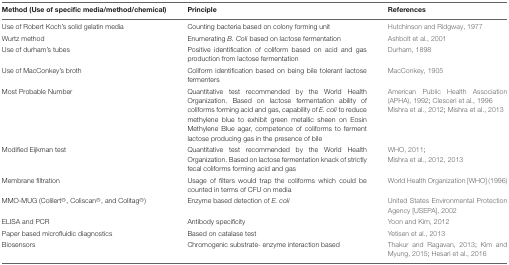
<table><thead><tr><td><b>Method (Use of specific media/method/chemical)</b></td><td><b>Principle</b></td><td><b>References</b></td></tr></thead><tbody><tr><td>Use of Robert Koch’s solid gelatin media</td><td>Counting bacteria based on colony forming unit</td><td>Hutchinson and Ridgway, 1977</td></tr><tr><td>Wurtz method</td><td>Enumerating <i>B. Coli</i> based on lactose fermentation</td><td>Ashbolt et al., 2001</td></tr><tr><td>Use of durham’s tubes</td><td>Positive identification of coliform based on acid and gas production from lactose fermentation</td><td>Durham, 1898</td></tr><tr><td>Use of MacConkey’s broth</td><td>Coliform identification based on being bile tolerant lactose fermenters</td><td>MacConkey, 1905</td></tr><tr><td>Most Probable Number</td><td>Quantitative test recommended by the World Health Organization. Based on lactose fermentation ability of coliforms forming acid and gas, capability of <i>E. coli</i> to reduce methylene blue to exhibit green metallic sheen on Eosin Methylene Blue agar, competence of coliforms to ferment lactose producing gas in the presence of bile</td><td>American Public Health Association (APHA), 1992; Clesceri et al., 1996Mishra et al., 2012; Mishra et al., 2013</td></tr><tr><td>Modified Eijkman test</td><td>Quantitative test recommended by the World Health Organization. Based on lactose fermentation knack of strictly fecal coliforms forming acid and gas</td><td>WHO, 2011;Mishra et al., 2012, 2013</td></tr><tr><td>Membrane filtration</td><td>Usage of filters would trap the coliforms which could be counted in terms of CFU on media</td><td>World Health Organization [WHO] (1996)</td></tr><tr><td>MMO-MUG (Colilert<sup>®</sup>, Coliscan<sup>®</sup>, and Colitag<sup>®</sup>)</td><td>Enzyme based detection of <i>E. coli</i></td><td>United States Environmental Protection Agency [USEPA], 2002</td></tr><tr><td>ELISA and PCR</td><td>Antibody specificity</td><td>Yoon and Kim, 2012</td></tr><tr><td>Paper based microfluidic diagnostics</td><td>Based on catalase test</td><td>Yetisen et al., 2013</td></tr><tr><td>Biosensors</td><td>Chromogenic substrate- enzyme interaction based</td><td>Thakur and Ragavan, 2013; Kim and Myung, 2015; Hesari et al., 2016</td></tr></tbody></table>